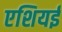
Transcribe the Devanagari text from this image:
एशियई